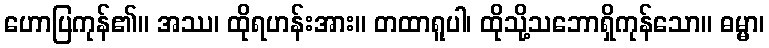
ဟောပြကုန်၏။ အဿ၊ ထိုရဟန်းအား။ တထာရူပါ၊ ထိုသို့သဘောရှိကုန်သော။ ဓမ္မာ၊